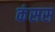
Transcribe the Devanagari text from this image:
कंसस